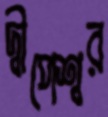
দ্বীপেশ্বর